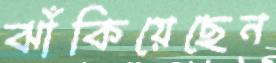
ঝাঁকিয়েছেন